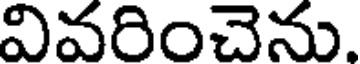
వివరించెను.